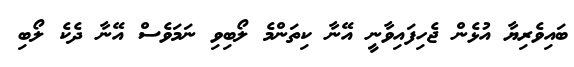
ބައިވެރިޔާ އުޅެން ޖެހިފައިވާނީ އޭނާ ކިތަންމެ ލޯބިވި ނަމަވެސް އޭނާ ދެކެ ލޯބި